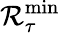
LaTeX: \mathcal{R}_{\tau}^{\mathrm{{{min}}}}